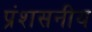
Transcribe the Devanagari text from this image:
प्रंशसनीय